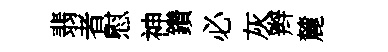
翡者慰神鑽必灰辫麓